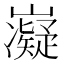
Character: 𭗰